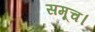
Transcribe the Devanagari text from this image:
समूच।